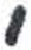
אות: י